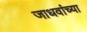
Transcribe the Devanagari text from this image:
जाधवांच्या